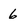
Character: 6